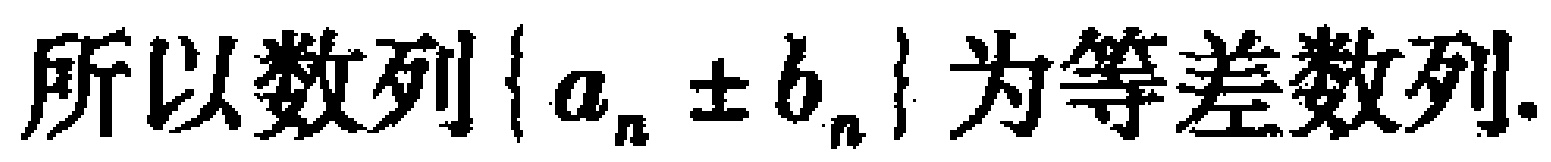
所以数列\(\{a_{n}\pm b_{n}\}\)为等差数列.